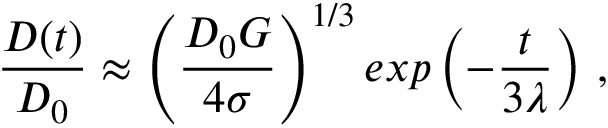
\frac { D ( t ) } { D _ { 0 } } \approx \left( \frac { D _ { 0 } G } { 4 \sigma } \right) ^ { 1 / 3 } e x p \left( - \frac { t } { 3 \lambda } \right) \, ,